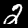
Digit: 2